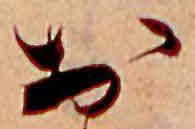
お